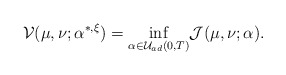
\begin{align*}\mathcal{V}(\mu,\nu;\alpha^{*,\xi})=\underset{\alpha\in\mathcal{U}_{ad}(0,T)}{\inf} \mathcal{J(}\mu,\nu;\alpha).\end{align*}